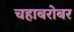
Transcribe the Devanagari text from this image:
चहाबरोबर